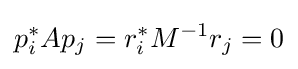
p_{i}^{*}Ap_{j}=r_{i}^{*}M^{-1}r_{j}=0